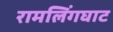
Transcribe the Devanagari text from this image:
रामलिंगघाट